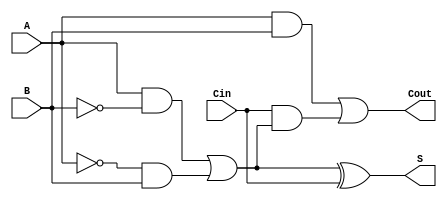
module TransmissionGateFullAdder (
    input wire A,     // First input bit
    input wire B,     // Second input bit
    input wire Cin,   // Carry input bit
    output wire S,    // Sum output bit
    output wire Cout  // Carry output bit
);

// Intermediate signals
wire AB;           // A AND B
wire A_xor_B;     // A XOR B
wire Cin_and_A_xor_B; // Cin AND (A XOR B)

// Calculate A XOR B using transmission gates
assign A_xor_B = (A & ~B) | (~A & B);

// Calculate A AND B
assign AB = A & B;

// Calculate Cin AND (A XOR B)
assign Cin_and_A_xor_B = Cin & A_xor_B;

// Calculate Sum S = A XOR B XOR Cin
assign S = A_xor_B ^ Cin;

// Calculate Carry Cout = (A AND B) OR (Cin AND (A XOR B))
assign Cout = AB | Cin_and_A_xor_B;

endmodule